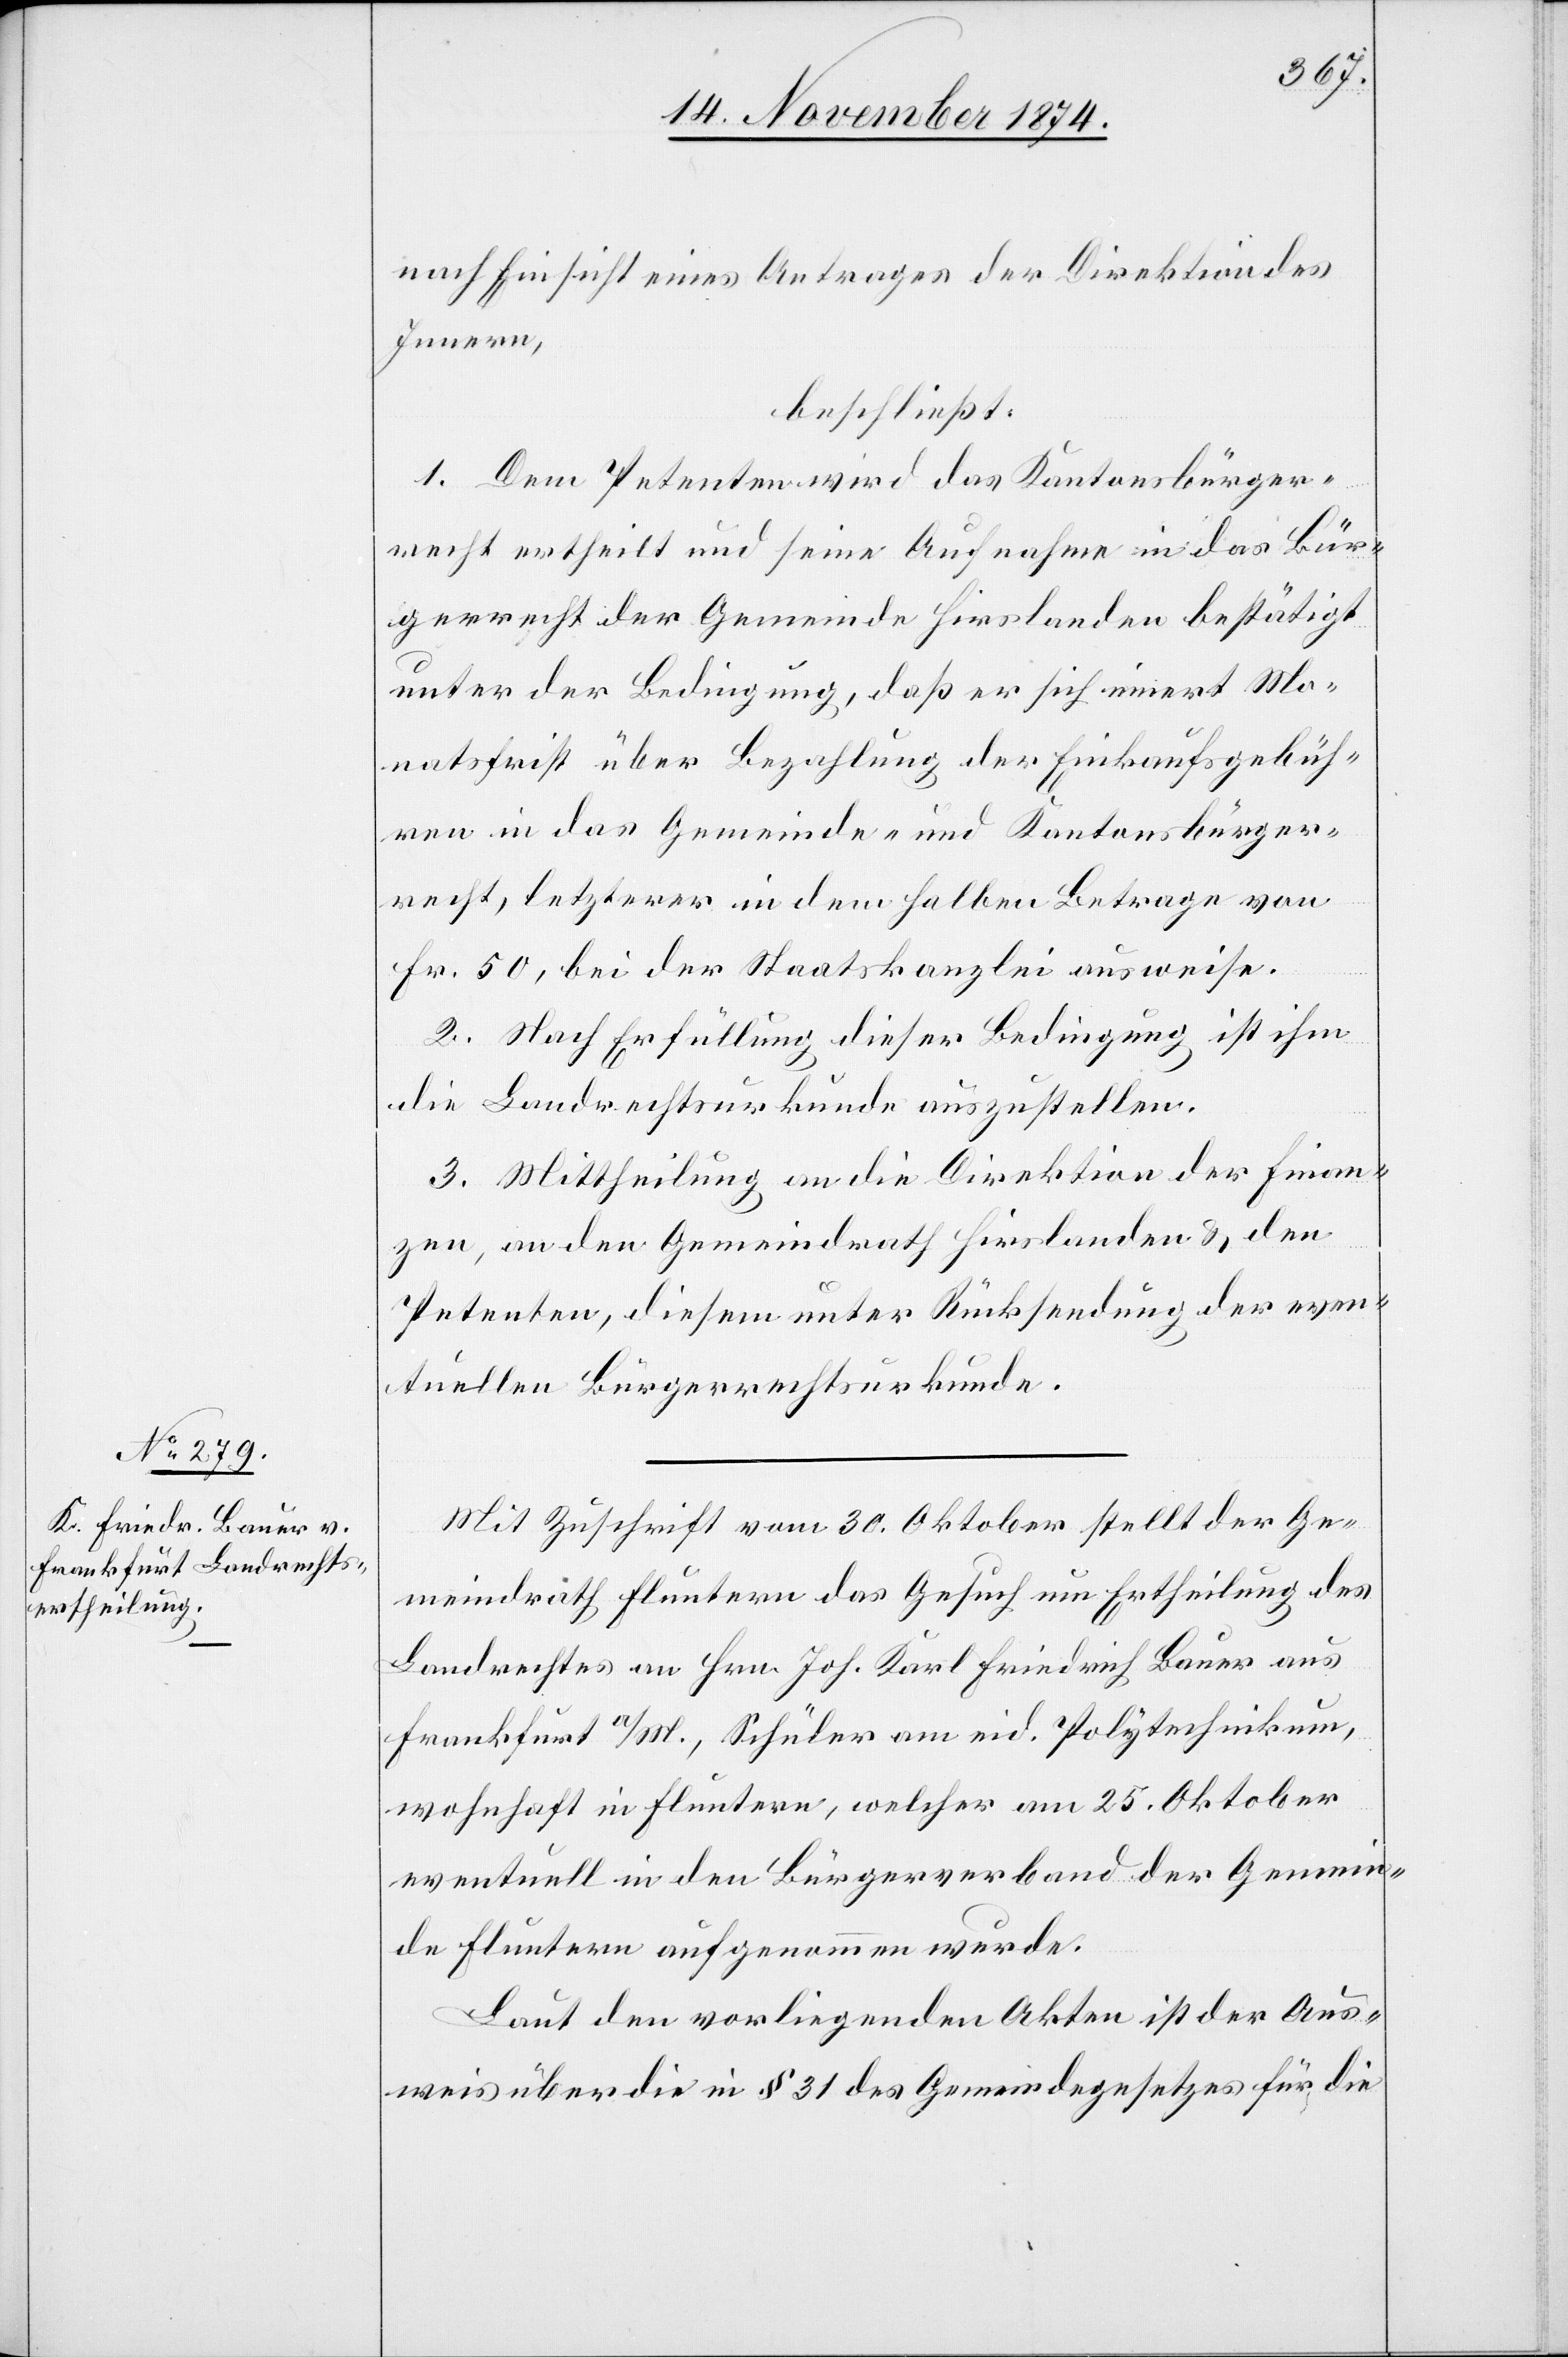
nach Einsicht eines Antrages der Direktion des
Innern,
beschließt:
1. Dem Petenten wird das Kantonsbürger¬
recht ertheilt und seine Aufnahme in das Bür¬
gerrecht der Gemeinde Hirslanden bestätigt
unter der Bedingung, daß er sich innert Mo¬
natsfrist über Bezahlung der Einkaufsgebüh¬
ren in das Gemeinde- und Kantonsbürger¬
recht, letzterer in dem halben Betrage von
Fr. 50, bei der Staatskanzlei ausweise.
2. Nach Erfüllung dieser Bedingung ist ihm
die Landrechtsurkunde auszustellen.
3. Mittheilung an die Direktion der Finan¬
zen, an den Gemeindrath Hirslanden & den
Petenten, diesem unter Rücksendung der even¬
tuellen Bürgerrechtsurkunde.
Mit Zuschrift vom 30. Oktober stellt der Ge¬
meindrath Fluntern das Gesuch um Ertheilung des
Landrechtes an Hrn. Joh. Karl Friedrich Bauer aus
Frankfurt a/M., Schüler am eid. Polytechnikum,
wohnhaft in Fluntern, welcher am 25. Oktober
eventuell in den Bürgerverband der Gemein¬
de Fluntern aufgenommen wurde.
Laut den vorliegenden Akten ist der Aus¬
weis über die in § 31 des Gemeindegesetzes für die